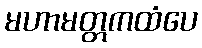
မဟာမတ္တကထံပေ